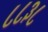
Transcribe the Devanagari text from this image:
८८३८